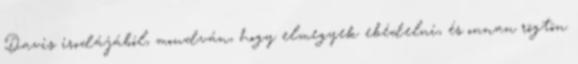
Davis irodájából, mondván, hogy elmegyek ebédelni, és onnan rögtön